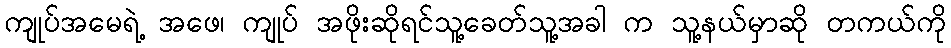
ကျုပ်အမေရဲ့ အဖေ၊ ကျုပ် အဖိုးဆိုရင်သူ့ခေတ်သူ့အခါ က သူ့နယ်မှာဆို တကယ်ကို